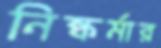
নিষ্কর্মার